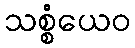
သစ္စံယေဝ